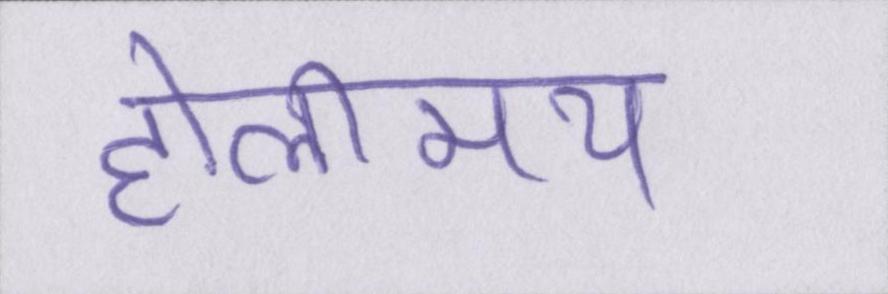
होलीमय